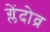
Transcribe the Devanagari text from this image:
ग्लेंदोव्र